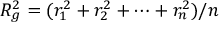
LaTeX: R _ { g } ^ { 2 } = ( r _ { 1 } ^ { 2 } + r _ { 2 } ^ { 2 } + \cdots + r _ { n } ^ { 2 } ) / n